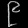
Digit: ၉